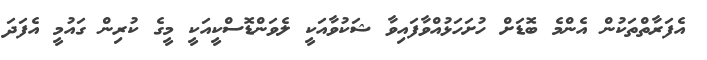
އެފަރާތްތަކުން އެންމެ ބޮޑަށް ހުށަހަޅުއްވާފައިވާ ޝަކުވާއަކީ ލެވަންޑޮސްކީއަކީ މީގެ ކުރިން ގައުމީ އެފަދަ